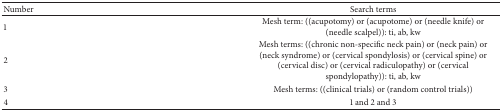
<table><thead><tr><td><b>Number</b></td><td><b>Search terms</b></td></tr></thead><tbody><tr><td>1</td><td>Mesh term: ((acupotomy) or (acupotome) or (needle knife) or (needle scalpel)): ti, ab, kw</td></tr><tr><td>2</td><td>Mesh terms: ((chronic non-specific neck pain) or (neck pain) or (neck syndrome) or (cervical spondylosis) or (cervical spine) or (cervical disc) or (cervical radiculopathy) or (cervical spondylopathy)): ti, ab, kw</td></tr><tr><td>3</td><td>Mesh terms: ((clinical trials) or (random control trials))</td></tr><tr><td>4</td><td>1 and 2 and 3</td></tr></tbody></table>